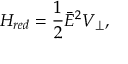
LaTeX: H _ { r e d } = \frac { 1 } { 2 } \bar { E } ^ { 2 } V _ { \perp } ,